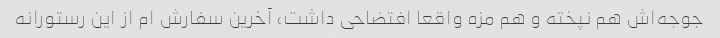
جوجه‌اش هم نپخته و هم مزه واقعا افتضاحی داشت، آخرین سفارش ام از این رستورانه